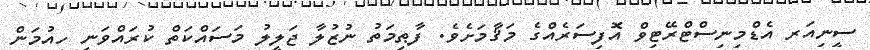
ސީނިއަރ އެޑްމިނިސްޓްރޭޓިވް އޮފިސަރެއްގެ މަޤާމަށެވެ. ފާޠިމަތު ނުޒުލާ ޖަލީލު މަސައްކަތް ކުރައްވަނީ ހިއުމަން